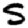
Digit: 5